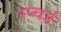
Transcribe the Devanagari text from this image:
रप्चर्ड